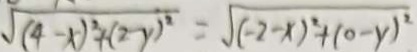
\sqrt { ( 4 - x ) ^ { 2 } + ( 2 - y ) ^ { 2 } } = \sqrt { ( - 2 - x ) ^ { 2 } + ( 0 - y ) ^ { 2 } }